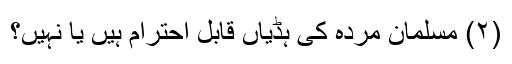
(۲) مسلمان مردہ کی ہڈیاں قابلِ احترام ہیں یا نہیں؟